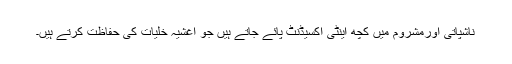
ناشپاتی اورمشروم میں کچھ اینٹی آکسیڈنٹ پائے جاتے ہیں جو اغشیہ خلیات کی حفاظت کرتے ہیں۔